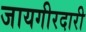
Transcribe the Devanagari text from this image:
जायगीरदारी